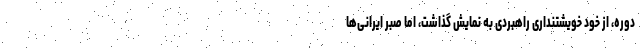
دوره، از خود خویشتنداری راهبردی به نمایش گذاشت، اما صبر ایرانی‌ها